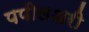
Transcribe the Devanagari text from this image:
पपीलअरी